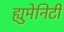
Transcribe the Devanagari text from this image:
ह्युमेनिटी